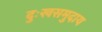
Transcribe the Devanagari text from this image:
दुःखसमुदाय